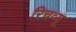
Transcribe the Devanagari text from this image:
रिचव्यू